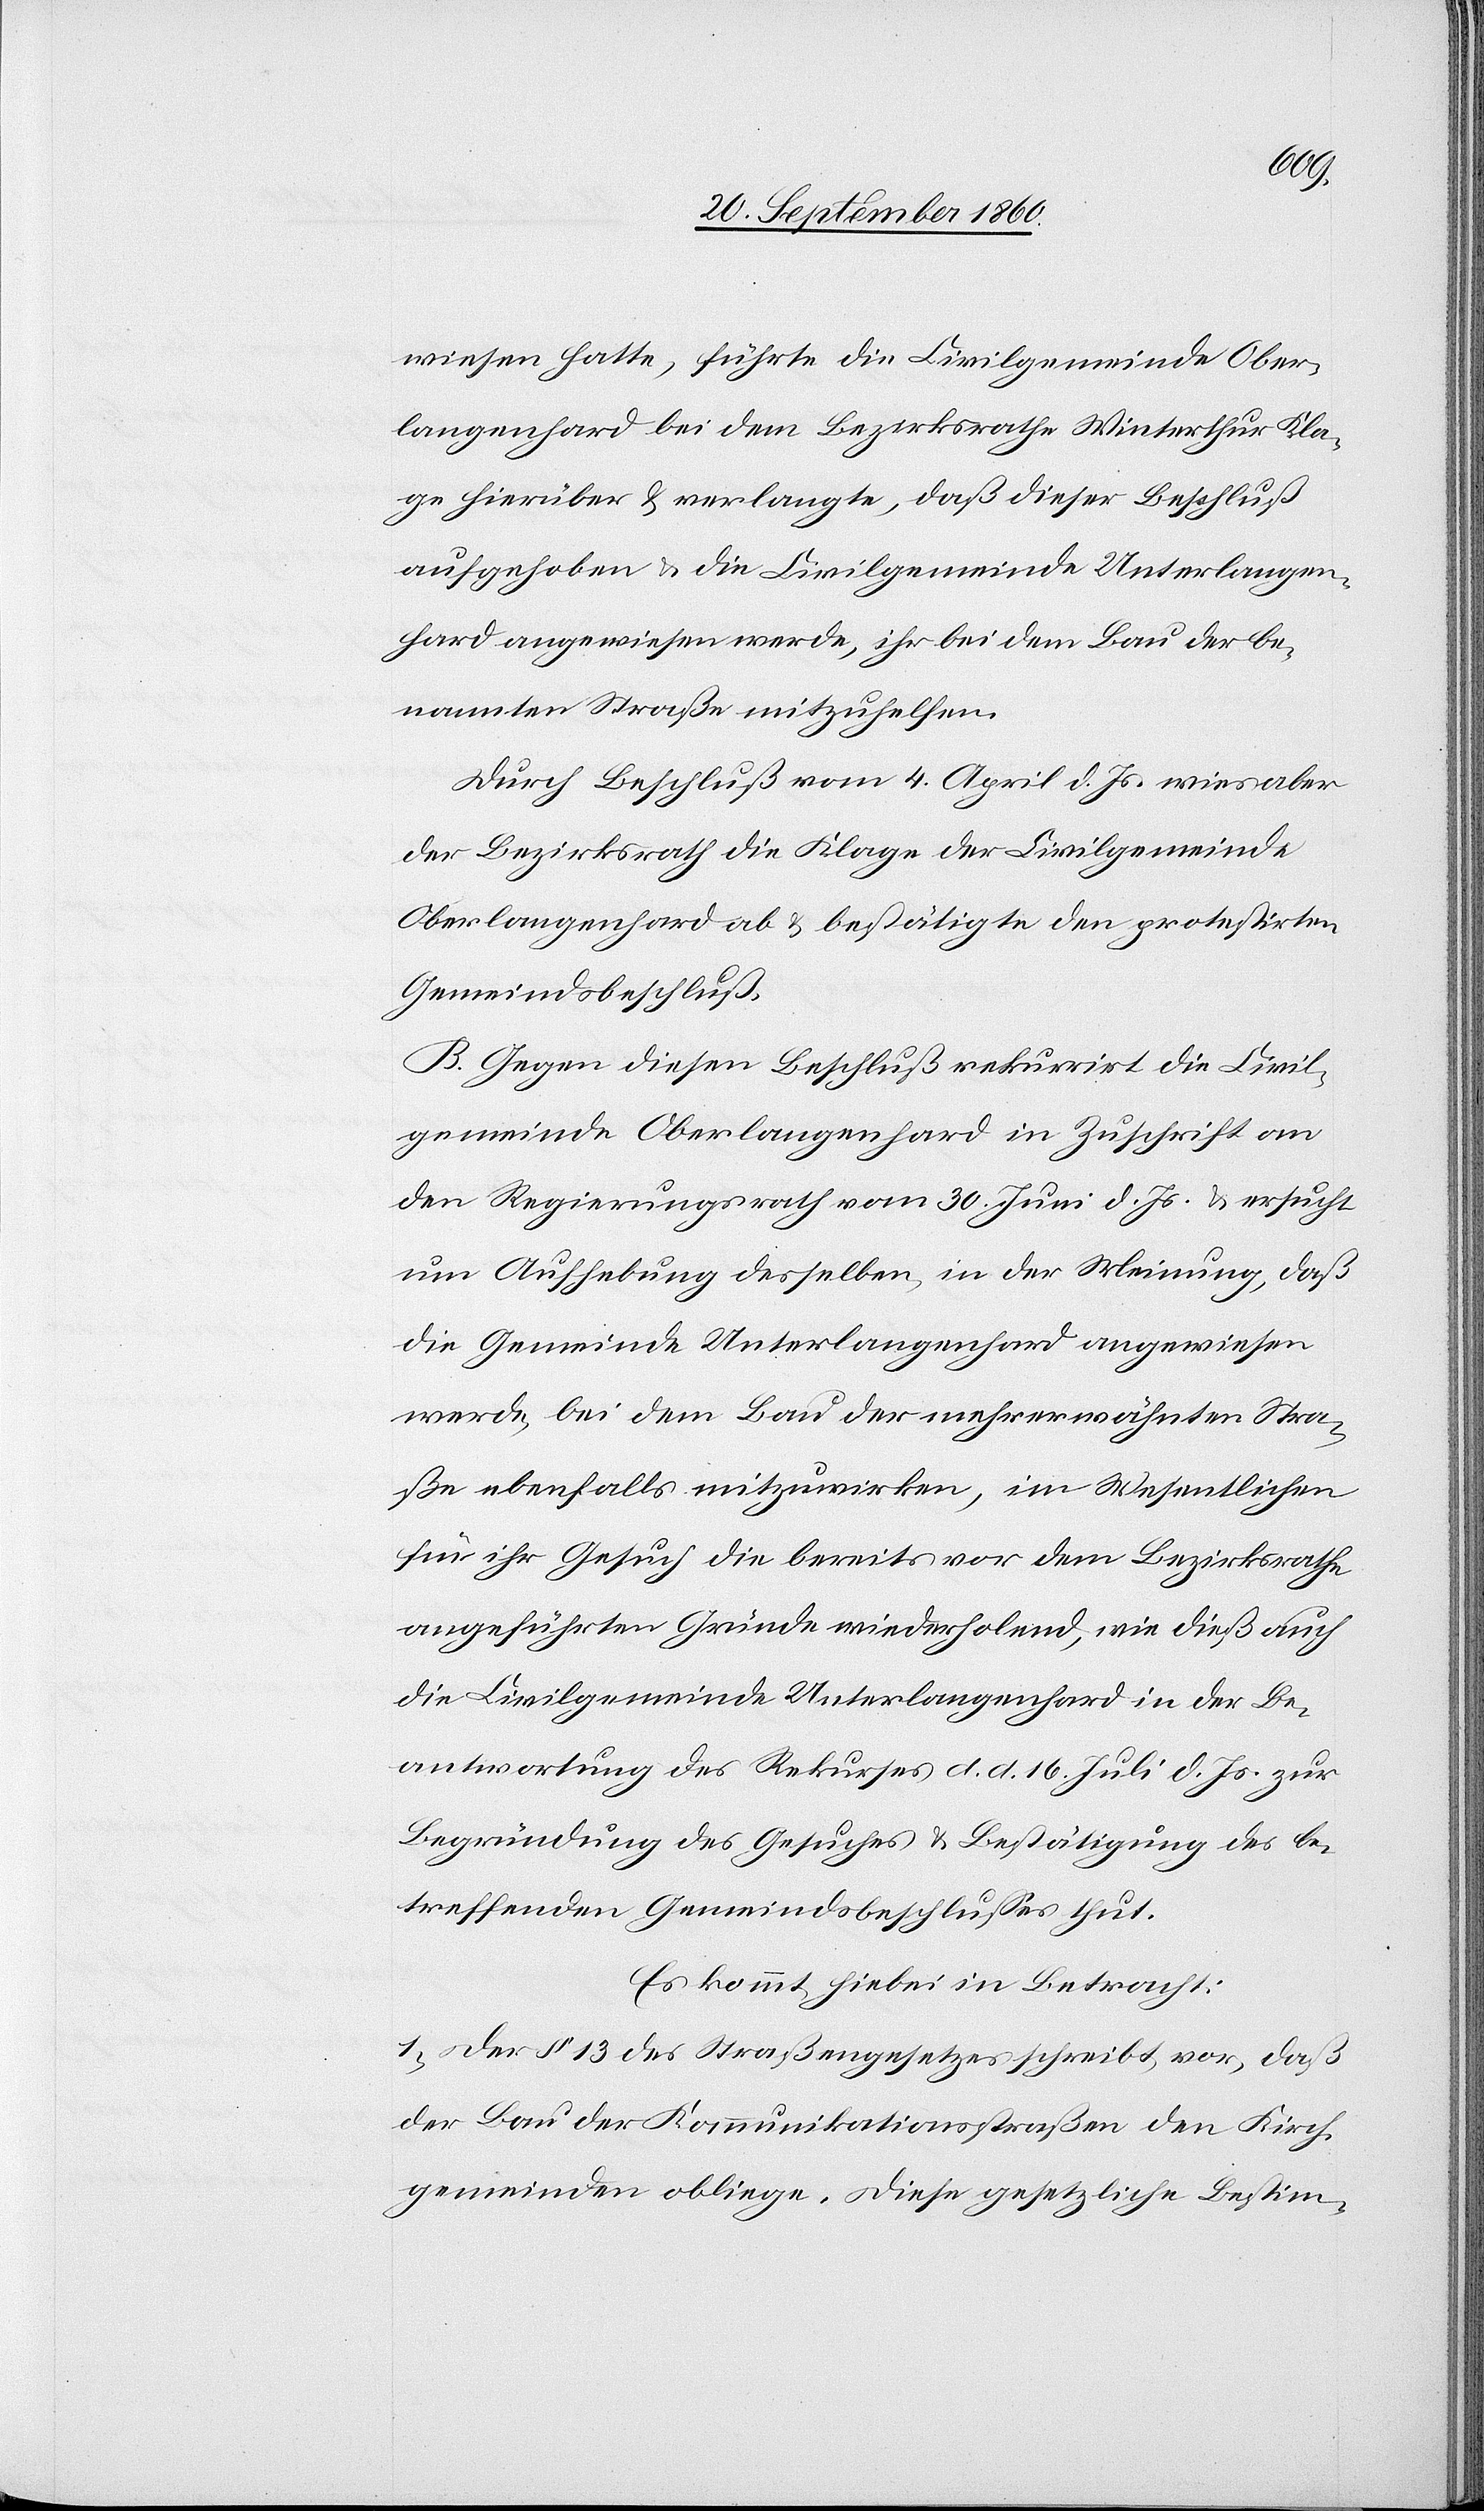
wiesen hatte, führt die Civilgemeinde Ober¬
langenhard bei dem Bezirksrathe Winterthur Kla¬
ge hierüber & verlangte, daß dieser Beschluß
aufgehoben & die Civilgemeinde Unterlangen¬
hard angewiesen werde, ihr bei dem Bau der be¬
nannten Straße mitzuhelfen.
Durch Beschluß vom 4. April d. Js. wies aber
der Bezirksrath die Klage der Civilgemeinde
Oberlangenhard ab & bestätigte den protestirten
Gemeindsbeschluß.
B. Gegen diesen Beschluß rekurrirt die Civil¬
gemeinde Oberlangenhard in Zuschrift an
den Regierungsrath vom 30. Juni d. Js. & ersucht
um Aufhebung desselben, in der Meinung, daß
die Gemeinde Unterlangenhard angewiesen
werde, bei dem Bau der mehrerwähnten Stra¬
ße ebenfalls mitzuwirken, im Wesentlichen
für ihr Gesuch die bereits vor dem Bezirksrathe
angeführten Gründe wiederholend, wie dieß auch
die Civilgemeinde Unterlangenhard in der Be¬
antwortung des Rekurses d. d. 16. Juli d. Js. zur
Begründung des Gesuches & Bestätigung des be¬
treffenden Gemeindsbeschlusses thut.
Es kommt hiebei in Betracht:
1) Der § 13 des Straßengesetzes schreibt vor, daß
der Bau der Kommunikationsstraßen den Kirch¬
gemeinden obliege. Diese gesetzliche Bestim-